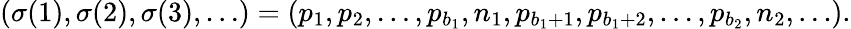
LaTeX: (\sigma(1),\sigma(2),\sigma(3),\ldots)=(p_{1},p_{2},\ldots,p_{b_{1}},n_{1},p_{b_{1}+1},p_{b_{1}+2},\ldots,p_{b_{2}},n_{2},\ldots).